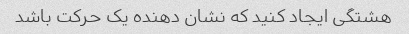
هشتگی ایجاد کنید که نشان دهنده یک حرکت باشد